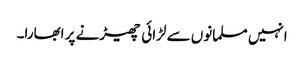
انہیں مسلمانوں سے لڑائی چھیڑنے پر ابھارا۔